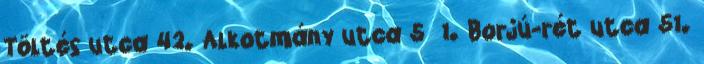
Töltés utca 42. Alkotmány utca 5 1. Borjú-rét utca 51.